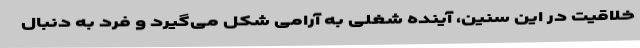
خلاقیت در این سنین، آینده شغلی به آرامی شکل می‌گیرد و فرد به دنبال